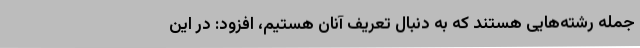
جمله رشته‌هایی هستند که به دنبال تعریف آنان هستیم، افزود: در این